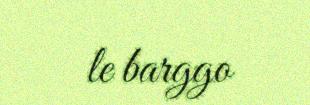
le barggo